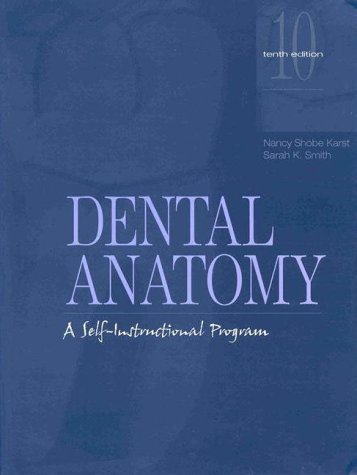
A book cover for By Nancy Shobe Karst - Dental Anatomy: A Self-Instructional Program: 10th (tenth) Edition; Nancy Shobe Karst; Medical Books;